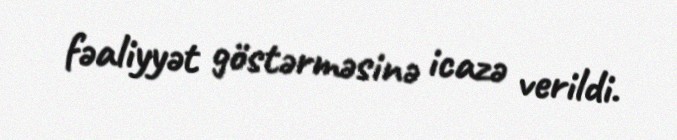
fəaliyyət göstərməsinə icazə verildi.